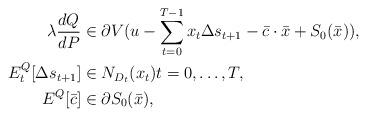
LaTeX: \begin{align*}\lambda\frac{dQ}{dP} &\in\partial V(u-\sum_{t=0}^{T-1} x_t\Delta s_{t+1}-\bar c\cdot\bar x+S_0(\bar x)),\\E^Q_t[\Delta s_{t+1}] &\in N_{D_t}(x_t)t=0,\dots,T,\\E^Q[\bar c]&\in\partial S_0(\bar x),\end{align*}